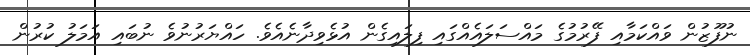
ނުފޫޒުން ވައްކަމާއި ފޭރުމުގެ މައްސަލައެއްގައި ފިލައިގެން އުޅެވިދާނެއެވެ. ހައްޔަރުނުވެ ނުބައި އަމަލު ކުރުން